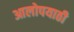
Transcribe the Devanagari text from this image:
आलोपयाठी